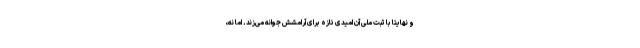
و نهایتا با ثبت ملی آن امیدی تازه برای آرامشش جوانه می‌زند. اما نه،